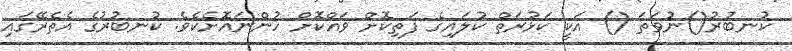
ކުނބުރު()ނުވަތަ () އަކީ ކަޅުރަތް ކުލައިގެ ފަތިކޮށް ވައްކޮށް ހުންނައޮށެކެވެ. ކުނބުރުގެ އެތެރޭގައި